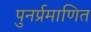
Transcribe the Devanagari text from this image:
पुनर्प्रमाणित